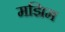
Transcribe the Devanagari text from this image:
मझिम